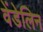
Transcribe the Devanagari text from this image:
वेंडेलिन